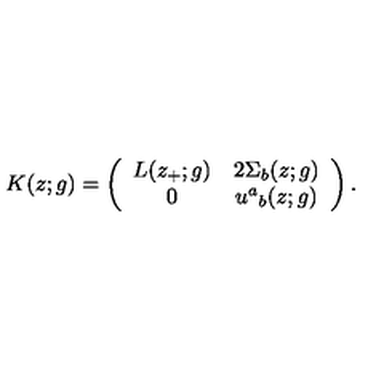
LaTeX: K ( z ; g ) = \left( \begin{array} { c c } { L ( z _ { + } ; g ) } & { 2 \Sigma _ { b } ( z ; g ) } \\ { 0 } & { u ^ { a } { } _ { b } ( z ; g ) } \\ \end{array} \right) .